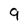
Character: 9